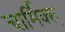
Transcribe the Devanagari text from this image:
चार्मिक्स्